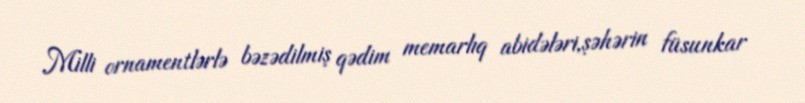
Milli ornamentlərlə bəzədilmiş qədim memarlıq abidələri,şəhərin füsunkar